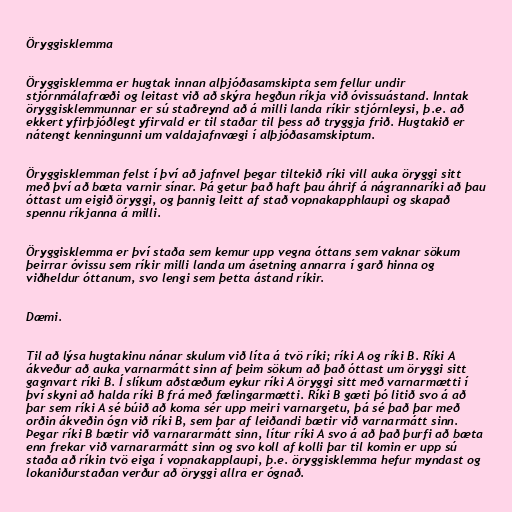
Öryggisklemma

Öryggisklemma er hugtak innan alþjóðasamskipta sem fellur undir
stjórnmálafræði og leitast við að skýra hegðun ríkja við óvissuástand. Inntak
öryggisklemmunnar er sú staðreynd að á milli landa ríkir stjórnleysi, þ.e. að
ekkert yfirþjóðlegt yfirvald er til staðar til þess að tryggja frið. Hugtakið er
nátengt kenningunni um valdajafnvægi í alþjóðasamskiptum.

Öryggisklemman felst í því að jafnvel þegar tiltekið ríki vill auka öryggi sitt
með því að bæta varnir sínar. Þá getur það haft þau áhrif á nágrannaríki að þau
óttast um eigið öryggi, og þannig leitt af stað vopnakapphlaupi og skapað
spennu ríkjanna á milli.

Öryggisklemma er því staða sem kemur upp vegna óttans sem vaknar sökum
þeirrar óvissu sem ríkir milli landa um ásetning annarra í garð hinna og
viðheldur óttanum, svo lengi sem þetta ástand ríkir.

Dæmi.

Til að lýsa hugtakinu nánar skulum við líta á tvö ríki; ríki A og ríki B. Ríki A
ákveður að auka varnarmátt sinn af þeim sökum að það óttast um öryggi sitt
gagnvart ríki B. Í slíkum aðstæðum eykur ríki A öryggi sitt með varnarmætti í
því skyni að halda ríki B frá með fælingarmætti. Ríki B gæti þó litið svo á að
þar sem ríki A sé búið að koma sér upp meiri varnargetu, þá sé það þar með
orðin ákveðin ógn við ríki B, sem þar af leiðandi bætir við varnarmátt sinn.
Þegar ríki B bætir við varnararmátt sinn, lítur ríki A svo á að það þurfi að bæta
enn frekar við varnararmátt sinn og svo koll af kolli þar til komin er upp sú
staða að ríkin tvö eiga í vopnakapplaupi, þ.e. öryggisklemma hefur myndast og
lokaniðurstaðan verður að öryggi allra er ógnað.